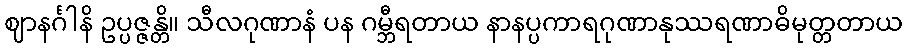
ဈာနင်္ဂါနိ ဥပ္ပဇ္ဇန္တိ။ သီလဂုဏာနံ ပန ဂမ္ဘီရတာယ နာနပ္ပကာရဂုဏာနုဿရဏာဓိမုတ္တတာယ